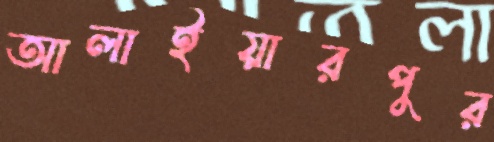
আলাইয়ারপুর